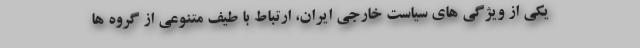
یکی از ویژگی های سیاست خارجی ایران، ارتباط با طیف متنوعی از گروه ها